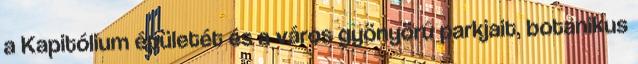
a Kapitólium épületét és a város gyönyörű parkjait, botanikus